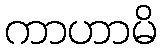
ကာဟာမိ